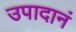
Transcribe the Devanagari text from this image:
उपादानं